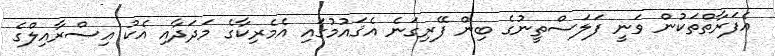
އެފަރާތްތަކުން ވަނީ ފަލަސްތީނުގެ ބިން ފޭރިގަނެ އެޤައުމުގައި އެމެރިކާގެ މަދަދާއި އެކު އިސްރާއިލްގެ